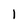
Character: 1